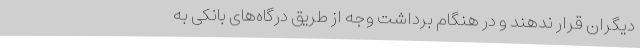
دیگران قرار ندهند و در هنگام برداشت وجه از طریق درگاه‌های بانکی به